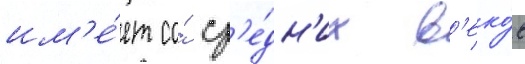
им'е́ет со́ ср'е́дн'их в'еко́в